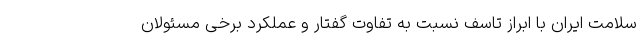
سلامت ایران با ابراز تاسف نسبت به تفاوت گفتار و عملکرد برخی مسئولان